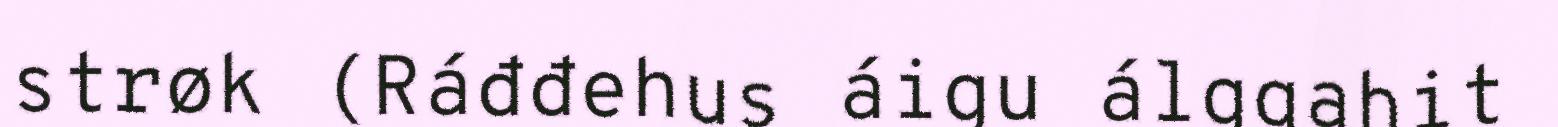
strøk (Ráđđehus áigu álggahit